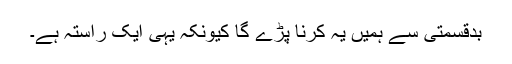
بدقسمتی سے ہمیں یہ کرنا پڑے گا کیونکہ یہی ایک راستہ ہے۔